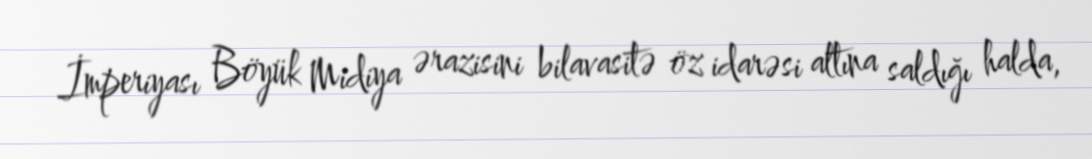
İmperiyası Böyük Midiya ərazisini bilavasitə öz idarəsi altına saldığı halda,